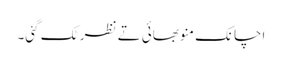
اچانک منو بھائی تے نظر ٹک گئی۔